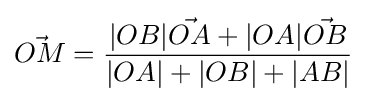
{\vec {OM}}={\frac {|OB|{\vec {OA}}+|OA|{\vec {OB}}}{|OA|+|OB|+|AB|}}\;